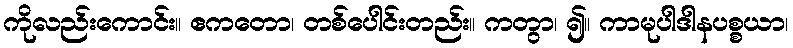
ကိုလည်းကောင်း။ ဧကတော၊ တစ်ပေါင်းတည်း။ ကတွာ၊ ၍။ ကာမုပါဒါနပစ္စယာ၊